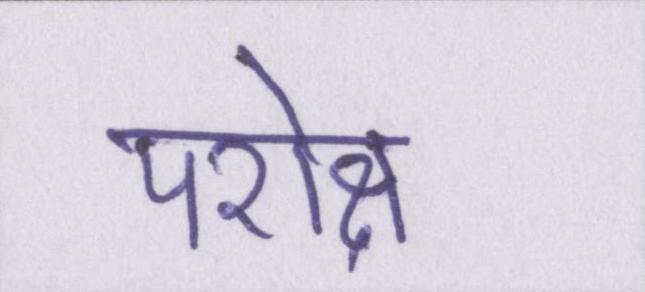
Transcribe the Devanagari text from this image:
परोक्ष